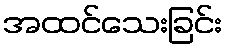
အထင်သေးခြင်း